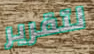
لتقرير